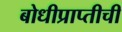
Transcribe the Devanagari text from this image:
बोधीप्राप्तीची